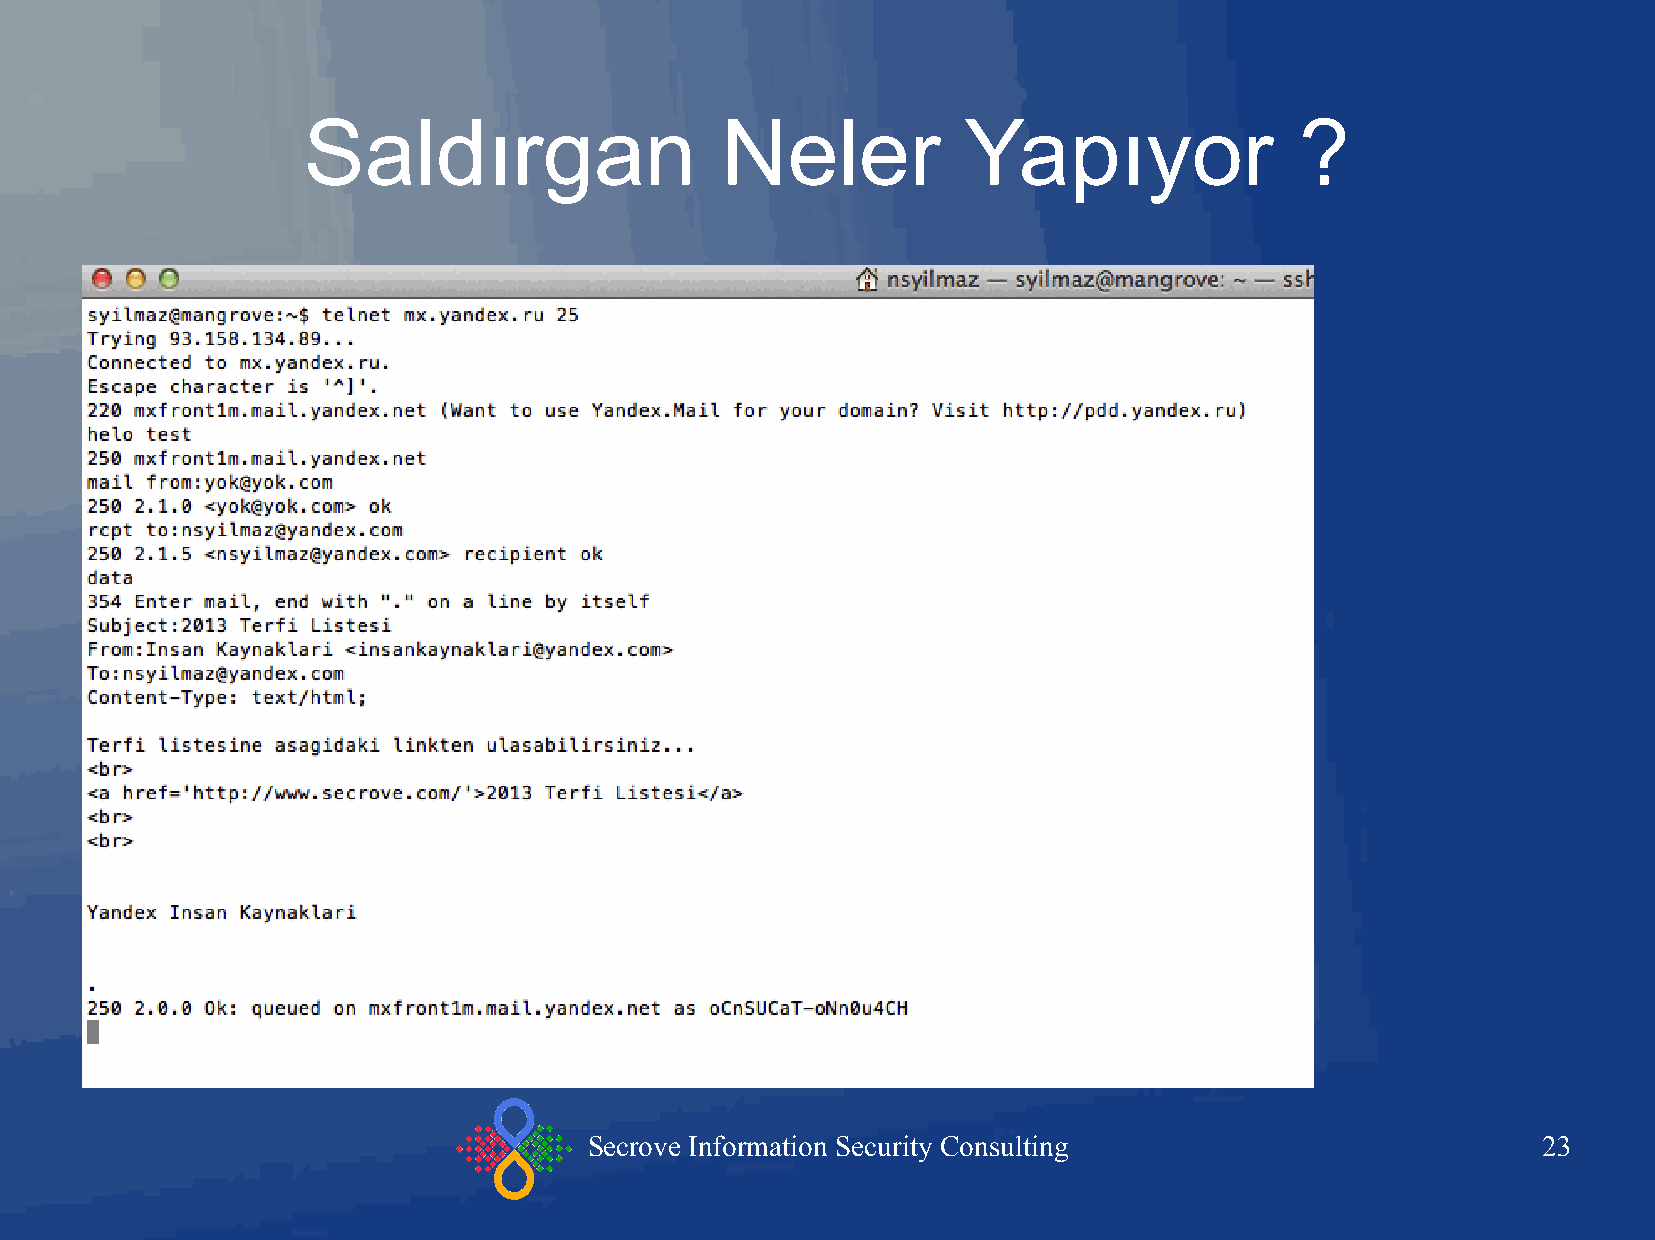
Saldırgan                   Neler           Yapıyor               ?
 Secrove Information Security Consulting                        23